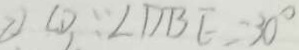
\textcircled { 1 } \because \angle D B E = 3 0 ^ { \circ }